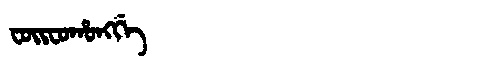
Manchu: ᠸᠣᡳᠸᠣᡥᠣᠩᡤᡝ
Romanization: FOIFOHONGGE